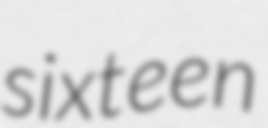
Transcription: sixteen